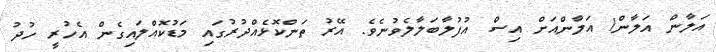
އަލާން އަލާން! އަލާންއަށް އިސް އުފުލާބަލާލެވުނެވެ. އޭރު ތަންކޮޅެއްދުރުގައި މަޑުކޮއްލައިގެން އެހުރީ ހުދު